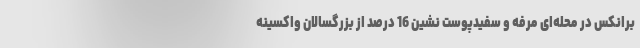
برانکس در محله‌ای مرفه و سفیدپوست نشین 16 درصد از بزرگسالان واکسینه